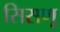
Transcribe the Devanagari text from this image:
सिसणू